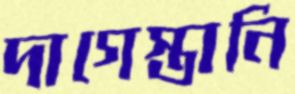
দাগেস্তানি